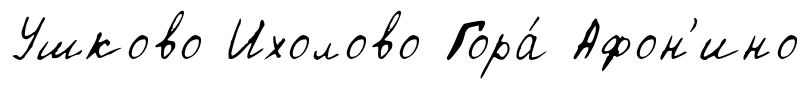
Ушково Ихолово Гора́ Афон'ино